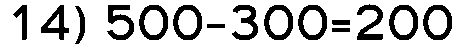
14) 500-300=200